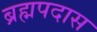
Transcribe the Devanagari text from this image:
ब्रह्मपदास